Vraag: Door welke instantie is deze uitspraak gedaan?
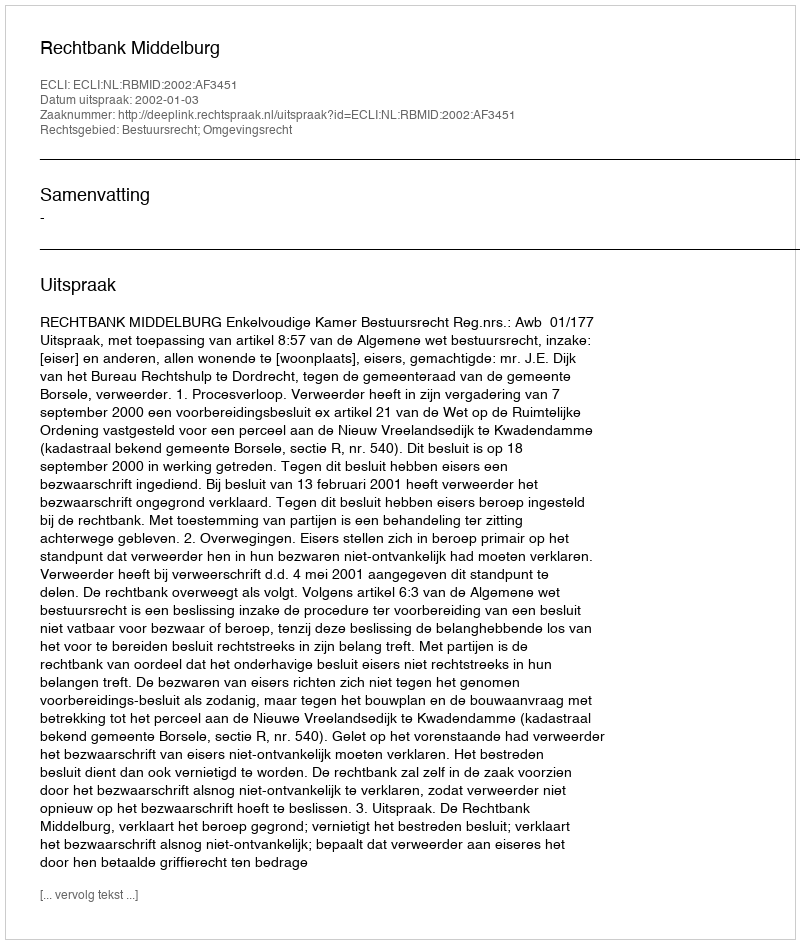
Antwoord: Rechtbank Middelburg